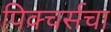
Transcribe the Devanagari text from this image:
पिक्चर्सचा